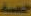
حصة